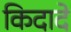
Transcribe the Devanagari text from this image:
किदादे